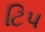
ટિપ